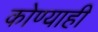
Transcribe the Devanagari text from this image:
कोण्याही